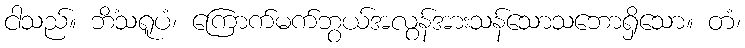
ငါသည်။ ဘိံသရူပံ၊ ကြောက်မက်ဘွယ်အလွန်အားသန်သောသဘောရှိသော။ တံ၊